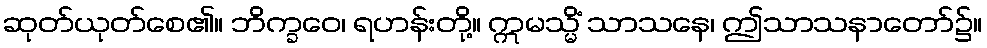
ဆုတ်ယုတ်စေ၏။ ဘိက္ခဝေ၊ ရဟန်းတို့။ ဣမသ္မိံ သာသနေ၊ ဤသာသနာတော်၌။